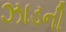
ઝાડની